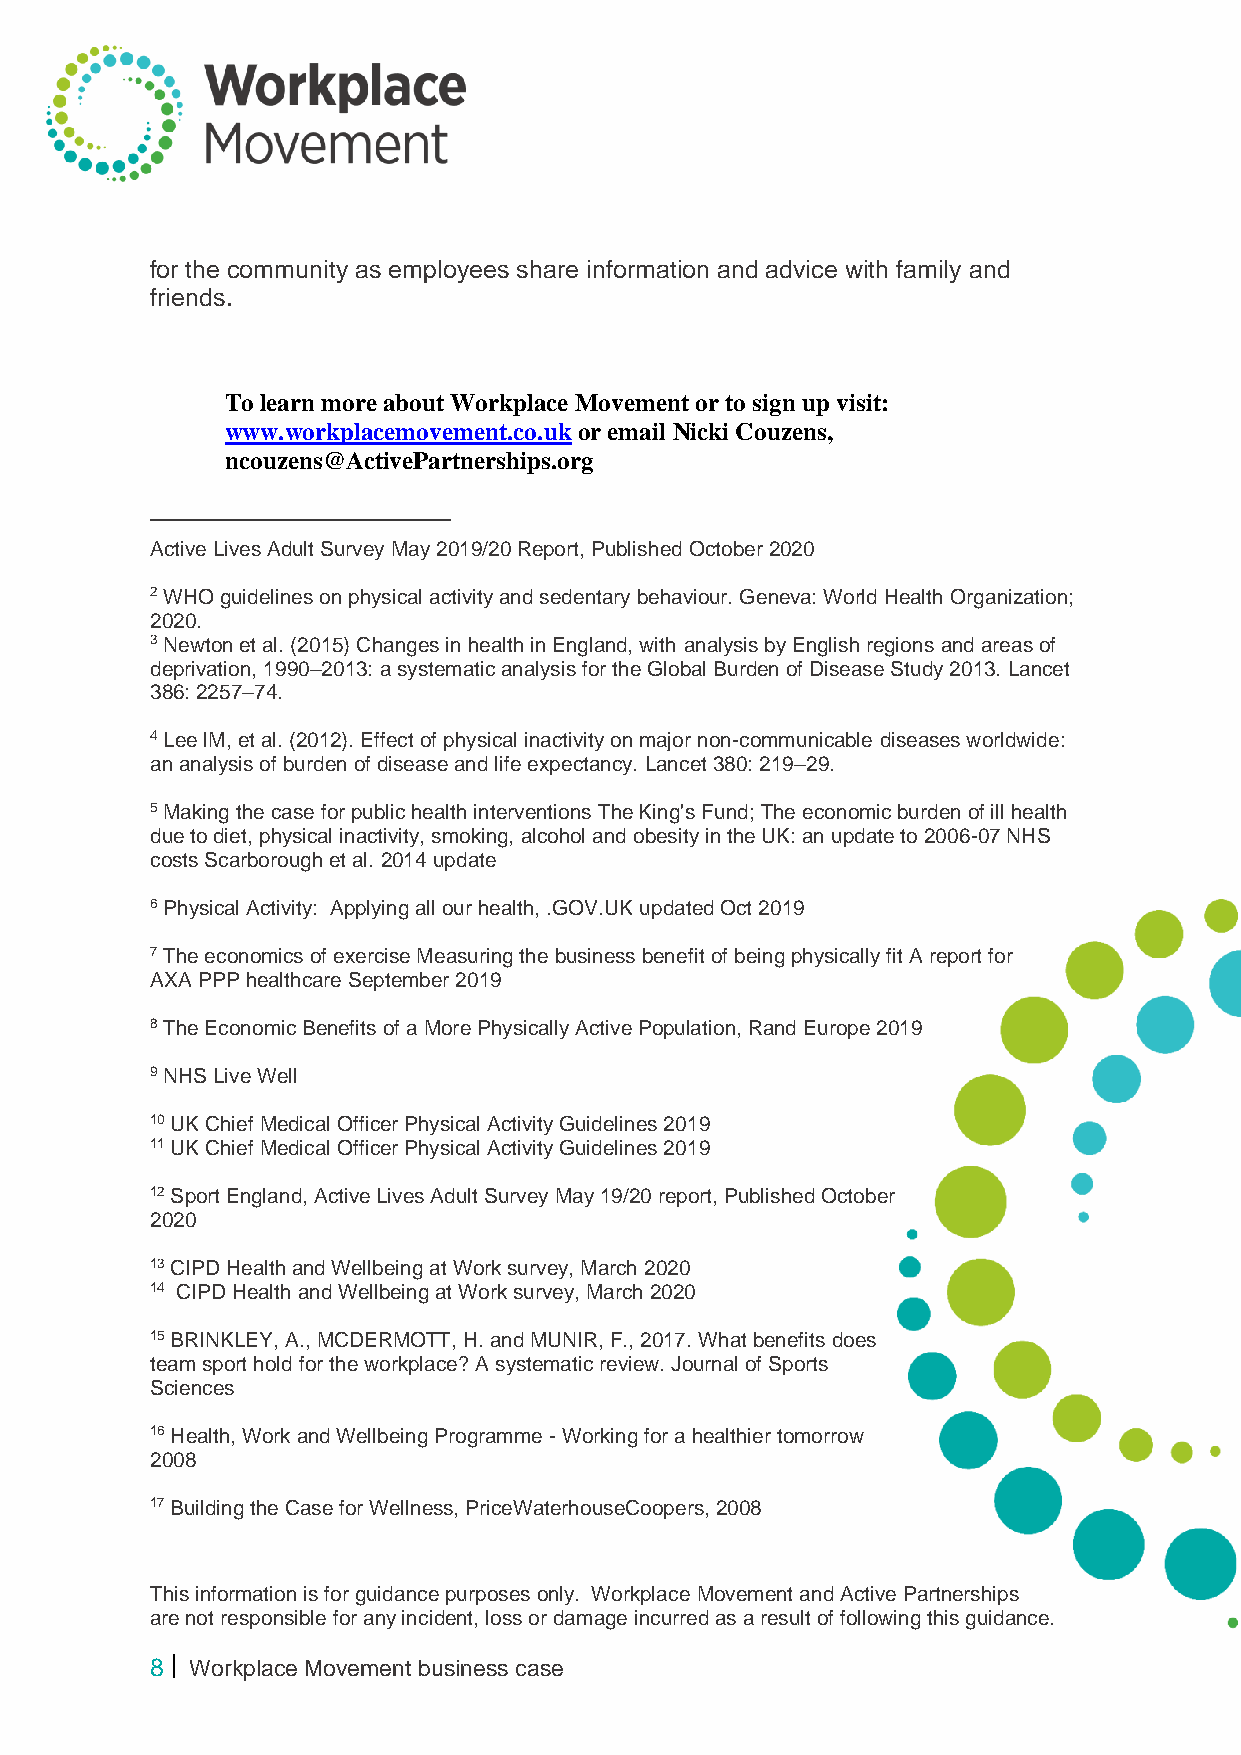
for the community as employees share information and advice with family and
 friends.
 To learn more about Workplace Movement or to sign up visit:
 www.workplacemovement.co.uk or email Nicki Couzens,
 ncouzens@ActivePartnerships.org
 Active Lives Adult Survey May 2019/20 Report, Published October 2020
 2 WHO guidelines on physical activity and sedentary behaviour. Geneva: World Health Organization;
 2020.
 3 Newton et al. (2015) Changes in health in England, with analysis by English regions and areas of
 deprivation, 1990–2013: a systematic analysis for the Global Burden of Disease Study 2013. Lancet
 386: 2257–74.
 4 Lee IM, et al. (2012). Effect of physical inactivity on major non-communicable diseases worldwide:
 an analysis of burden of disease and life expectancy. Lancet 380: 219–29.
 5 Making the case for public health interventions The King's Fund; The economic burden of ill health
 due to diet, physical inactivity, smoking, alcohol and obesity in the UK: an update to 2006-07 NHS
 costs Scarborough et al. 2014 update
 6 Physical Activity: Applying all our health, .GOV.UK updated Oct 2019
 7 The economics of exercise Measuring the business benefit of being physically fit A report for
 AXA PPP healthcare September 2019
 8 The Economic Benefits of a More Physically Active Population, Rand Europe 2019
 9 NHS Live Well
 10 UK Chief Medical Officer Physical Activity Guidelines 2019
 11 UK Chief Medical Officer Physical Activity Guidelines 2019
 12 Sport England, Active Lives Adult Survey May 19/20 report, Published October
 2020
 13 CIPD Health and Wellbeing at Work survey, March 2020
 14 CIPD Health and Wellbeing at Work survey, March 2020
 15 BRINKLEY, A., MCDERMOTT, H. and MUNIR, F., 2017. What benefits does
 team sport hold for the workplace? A systematic review. Journal of Sports
 Sciences
 16 Health, Work and Wellbeing Programme - Working for a healthier tomorrow
 2008
 17 Building the Case for Wellness, PriceWaterhouseCoopers, 2008
 This information is for guidance purposes only. Workplace Movement and Active Partnerships
 are not responsible for any incident, loss or damage incurred as a result of following this guidance.
 8  Workplace Movement business case